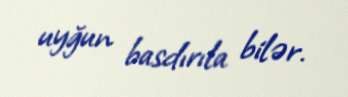
uyğun basdırıla bilər.